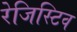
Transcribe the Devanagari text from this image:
रेजिस्टिव